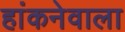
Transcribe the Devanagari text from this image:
हांकनेवाला